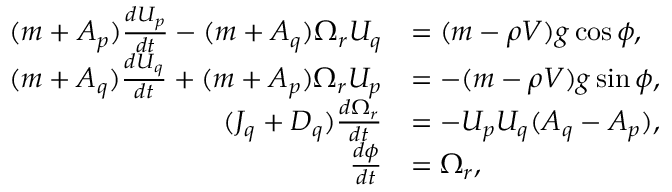
\begin{array} { r l } { ( m + A _ { p } ) \frac { d U _ { p } } { d t } - ( m + A _ { q } ) \Omega _ { r } U _ { q } } & { = ( m - \rho V ) g \cos \phi , } \\ { ( m + A _ { q } ) \frac { d U _ { q } } { d t } + ( m + A _ { p } ) \Omega _ { r } U _ { p } } & { = - ( m - \rho V ) g \sin \phi , } \\ { ( J _ { q } + D _ { q } ) \frac { d \Omega _ { r } } { d t } } & { = - U _ { p } U _ { q } ( A _ { q } - A _ { p } ) , } \\ { \frac { d \phi } { d t } } & { = \Omega _ { r } , } \end{array}